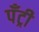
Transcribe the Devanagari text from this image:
पँट्री